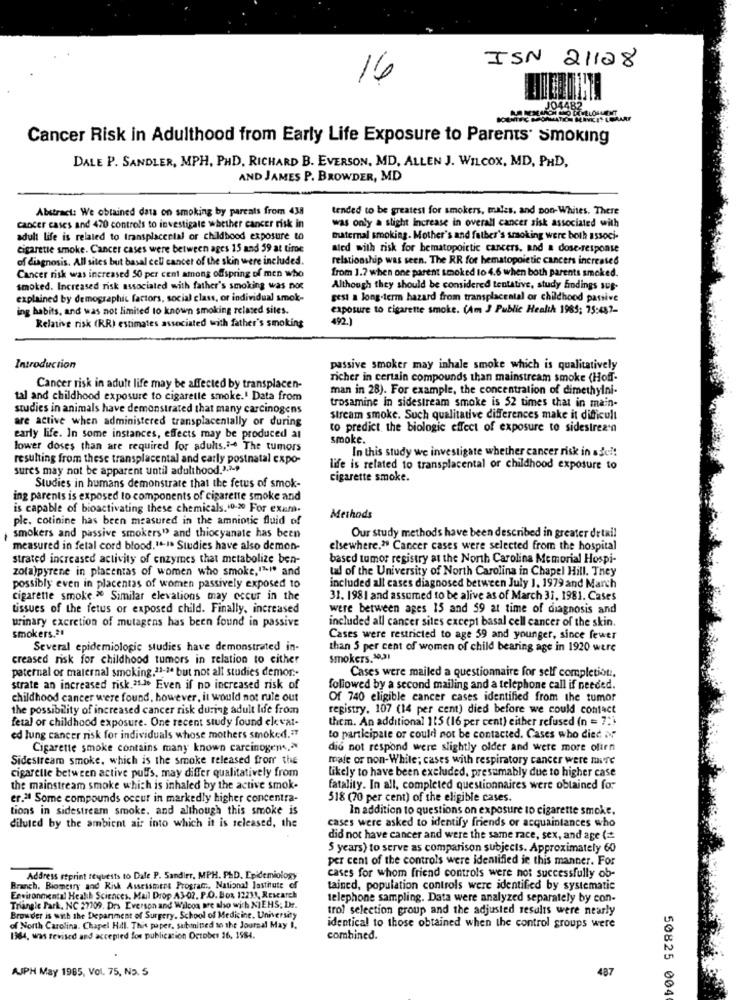
ISN 21128
16
Cancer Risk in Adulthood from Early Life Exposure to Parents' Smoking
DALE P. SANDLER, MPH, PHD, RICHARD B. EVERSON, MD, ALLEN J. WILCOX, MD, PHD,
AND JAMES P. BROWDER, MD
Abstract: We obtained data on smoking by parcats from 438
tended to be greatest for smokers, males, and Don-Whites. There
was only a slight increase in overall cancer sisk associated with
cancer cases and 470 controls to investigate whether cancer risk in
adult life is related to transplacertal or childhood exposure to
maternal smoking. Mother's and father's smoking were both associ-
cigarette smoke. Cancer cases were between ages 15 and 59 at tire
aled with risk for hematopoictic cancers, and a dose-response
of diagnosis. All sites but basal cell cancer of the skin were included.
relationship was seen. The RR for hematopoietic cancers increased
Cancer risk was increased 50 per cent among offspring of men who
from 1.7 when one parent smoked to 4.6 when both parents smoked.
smoked. Increased risk associated with father's smoking was not
Although they should be considered tentative, study Endings sug-
explained by demographic factors, social class, or individual smok-
gest a long-term hazard from transplacental or childhood passive
ing habits, and was not limited to known smoking related sites.
exposure to cigarette smoke. (Am J Public Health 1985; 75:487-
492.
Relative risk (RRI estimates associated with father's smoking
Introduction
passive smoker may inhale smoke which is qualitatively
richer in certain compounds than mainstream smoke (Hoff-
Cancer risk in adult life may be affected by transplacen-
man in 28). For example, the concentration of dimethylni-
tal and childhood exposure to cigarette smoke.' Data from
trosamine in sidestream smoke is 52 times that in main-
studies in animals have demonstrated that many carcinogens
are active when administered transplacentally or during
stream smoke. Such qualitative differences make it difficult
to predict the biologic effect of exposure to sidestrean
early life. In some instances, effects may be produced at
smoke.
lower doses than are required for adults."- The tumors
In this study we investigate whether cancer risk in ade !!
resulting from these transplacental and carly postnatal expo-
sures may not be apparent until adulthood.3.3-9
life is related to transplacental or childhood exposure to
cigarette smoke.
Studies in humans demonstrate that the fetus of smok-
ing parents is exposed to components of cigarette smoke and
is capable of bioactivating these chemicals.10-20 For exam.
ple, cotinine has been measured in the amniotic fluid of
Methods
smokers and passive smokers" and thiocyanate has been
Our study methods have been described in greater detail
measured in fetal cord blood."-I. Studies have also demon-
elsewhere." Cancer cases were selected from the hospital
strated increased activity of enzymes that metabolize ben-
based tumor registry at the North Carolina Memorial Hospi-
zo(a)pyrene in placentas of women who smoke,"""" and
tad of the University of North Carolina in Chapel Hill. They
possibly even in placentas of women passively exposed to
included all cases diagnosed between July 1. 1979 and March
cigarette smoke > Similar elevations may occur in the
31. 198 1 and assumed to be alive as of March 31, 1981. Cases
tissues of the fetus or exposed child. Finally, increased
were between ages 15 and 59 at time of diagnosis and
urinary excretion of mutagens has been found in passive
included all cancer sites except basal cell cancer of the skin.
smokers .*!
Cases were restricted to age 59 and younger, since fewer
Several epidemiologic studies have demonstrated in-
than 5 per cent of women of child bearing age in 1920 were
creased risk for childhood tumors in relation to either
smokers.10.21
paternal or maternal smoking.11-3ª but not all studies demor .-
Cases were mailed a questionnaire for self completion :.
strate an increased risk.a.>> Even if no increased risk of
followed by a second mailing and a telephone call if needed.
childhood cancer were found, however, it would not rule out
Of 740 eligible cancer cases identified from the tumor
the possibility of increased cancer risk during adult life from
registry. 107 (14 per cent) died before we could contact
fetal or childhood exposure. One recent study found elevat-
them. An additional 115 (16 per cent) either refused (n = 7:)
ed lung cancer risk for individuals whose mothers smoked."
to participate or could not be contacted. Cases who died M
Cigarette smoke contains many known carcinogens.>
did not respond were slightly older and were more often
Sidestream smoke, which is the smoke released from the
male or non-White; cases with respiratory cancer were more
likely to have been excluded, presumably due to higher case
cigarette between active puffs, may differ qualitatively from
the mainstream smoke which is inhaled by the active smok-
fatality. In all, completed questionnaires were obtained for
er.21 Some compounds occur in markedly higher concentra-
518 (70 per cent) of the eligible cases.
tions in sidestream smoke, and although this smoke is
In addition to questions on exposure to cigarette smoke.
diluted by the ambient air into which it is released, the
cases were asked to identify friends or acquaintances who
did not have cancer and were the same race, sex, and age (=
5 years) to serve as comparison subjects. Approximately 60
per cent of the controls were identified je this manner. For
Address reprint feytests to Dafe P. Sandler, MPH. P&D. Epidemiology
cases for whom friend controls were not successfully ob-
Branch. Biometry and Risk Asseistotne Program ., National Jastitute of
tained, population controls were identified by systematic
Environmental Health Sciences. Mail Drop A3-02, P.O. Box 1223, Research
telephone sampling. Data were analyzed separately by con-
Triangle Park, NC 27709. Drs Everson and Wilcoa pre aho wich NIEHS; Dr.
trol selection group and the adjusted results were nearly
Browder is with the Department of Surgery. School of Medicine, University
of North Carolina. Chapel Hill. This paper, submitted to the Journal May I.
identical to those obtained when the control groups were
1964, was revised and accepted for publication October 36, 1584.
combined.
AJPH May 1985, Vol. 75, No. 5
487
50825 004